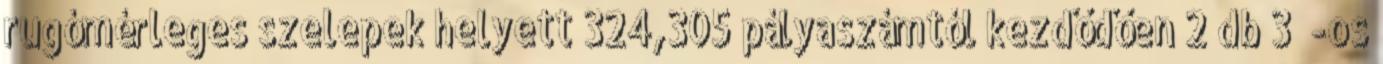
rugómérleges szelepek helyett 324,305 pályaszámtól kezdődően 2 db 3½″-os